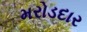
મરોડદાર